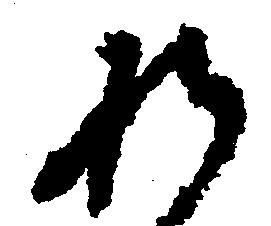
れ